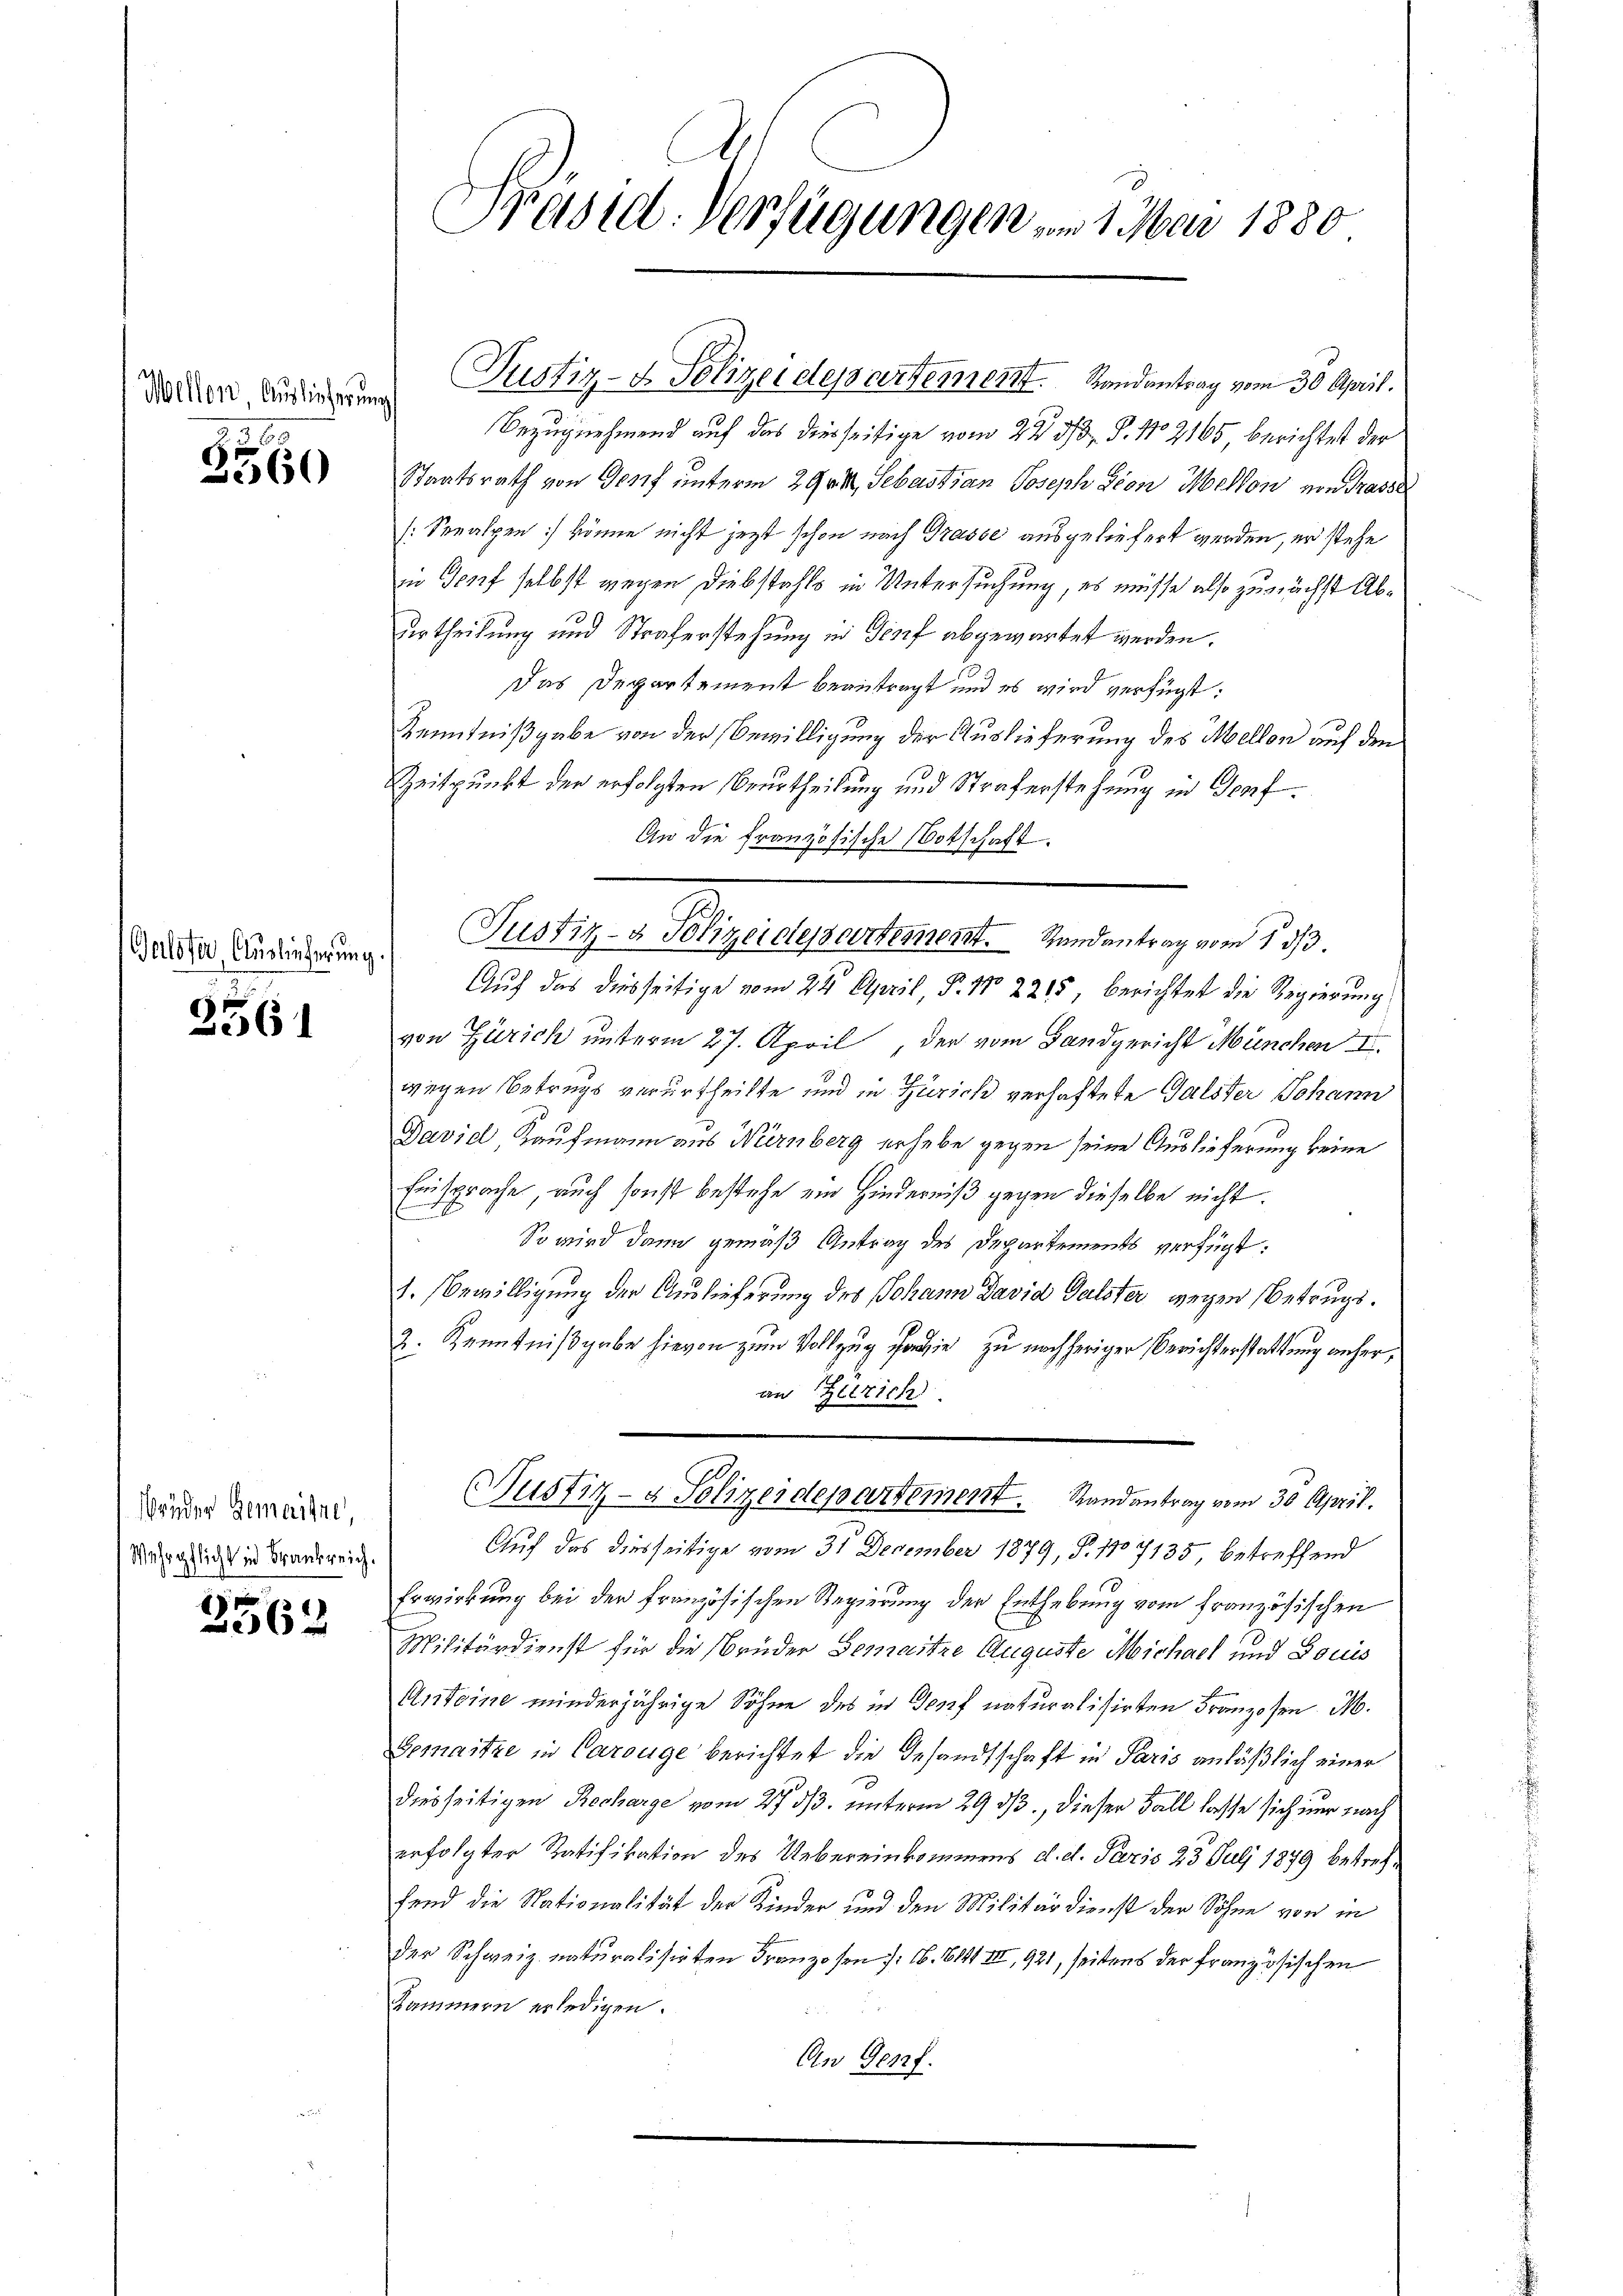
Wellen Auslieferung

2560

Gasofer Auslieferung

2561

Brüder Gemaine,
Wehrpflicht in Frankreich.

3562

s

Präsid. Verfügungen vom 1. Mai 1880

Justiz- & Polizeidepartement. Randantrag vom 30. April.
Bezugnehmend auf das diesseitige vom 22. 33. P. No 2165 berichtet der
Staatsrath von Genf unterm 29. Sebastian Joseph Sion Mellon von Trasse
[Seealpen könne nicht jetzt schon nach Grasse ausgeliefert werden, er stehe
in Topf selbst wegen Diebstahls in Untersuchung, es müsse also zunächst Aburtheilung und Straferstehung in Genf abgewartet werden.
Das Departement beantragt und es wird verfügt:
Kenntnißgabe von der Bewilligung der Auslieferung des Mellon auf den
Zeitpunkt der erfolgten Beurtheilung und Straferstehung in Topf¬
An die französische Botschaft.
Justiz- & Polizeidepartement. Randantrag vom 1. 33.
Auf das diesseitige vom 24. April, P. Nr. 2215, berichtet die Regierung
von Zürich unterm 27. April, der vom Landgericht München II.
wegen Betrugs verurtheilte und in Zürich verhaftete Galster Johann
Daviel Kaufmann aus Nürnberg erhebe gegen seine Auslieferung keine
Einsprache auch sonst bestehe ein Hinderniß gegen dieselbe nicht.
So wird dann gemäß Antrag des Departements verfügt:
1. Bewilligung der Auslieferung des Johann David Galster wegen Betrugs¬
2. Kenntnißgabe hievon zum Vollzug sowie zu nachheriger Berichterstattung anheran Herzich
(Justiz- & Polizeidepartement. Randantrag vom 30. April.
Auf das diesseitige vom 31 December 1879, S. 1107135, betreffend
Erwirkung bei der französischen Regierung der Enthebung vom französischen
d
Militärdienst für die Brüder Gemaitze Auguste Michael und Louis
Anteine minderjährige Söhne des in Topf naturalisirten Franzosen M.
Gemaitze in Carouge berichtet die Gesandtschaft in Paris anläßlich einer
diesseitigen Recharge vom 27. 33. unterm 29 d., dieser Fall lasse sich nur nach
erfolgter Ratifikation des Uebereinkommens d. d. Paris 23 Juli 1879 betreffend die Nationalität der Kinder und den Militärdienst der Söhne von in
der Schweiz. naturalisirten Franzosen : 16. 614 III, 921, seitens der französischen
Kammern erledigen.

An Genf.